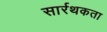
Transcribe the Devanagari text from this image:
सार्रथकता